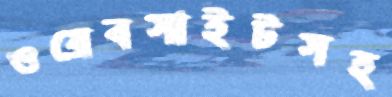
ওয়েবসাইটসহ